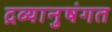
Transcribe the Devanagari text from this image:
द्रव्यानुषंगत